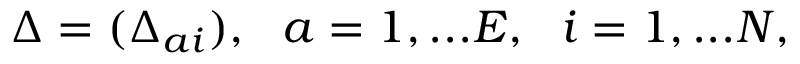
\Delta = ( \Delta _ { a i } ) , ~ ~ a = 1 , . . . E , ~ ~ i = 1 , . . . N ,